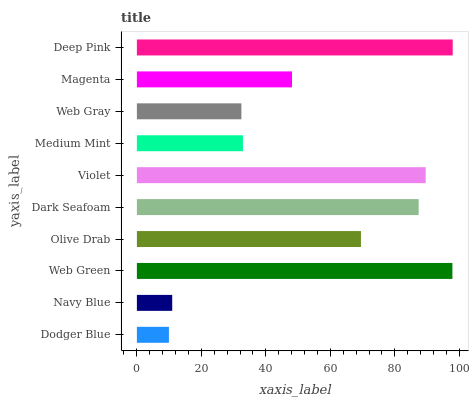
| yaxis_label | bars |
 | --- | --- |
 | Dodger Blue | 9.93 |
 | Navy Blue | 11 |
 | Web Green | 97.9 |
 | Olive Drab | 69.5 |
 | Dark Seafoam | 87.4 |
 | Violet | 89.6 |
 | Medium Mint | 32.9 |
 | Web Gray | 32.4 |
 | Magenta | 48.1 |
 | Deep Pink | 98 |